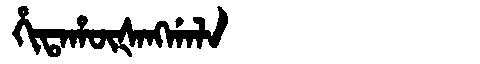
Manchu: ᡥᡳᡨᠠᡥᡡᡧᠠᠩᡤᠠᠯᠠ
Romanization: HITAHŪŠANGGALA